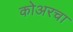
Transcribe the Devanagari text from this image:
कोअरचा